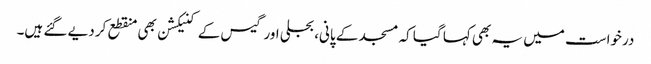
درخواست میں یہ بھی کہا گیا کہ مسجد کے پانی، بجلی اور گیس کے کنیکشن بھی منقطع کر دیے گئے ہیں۔